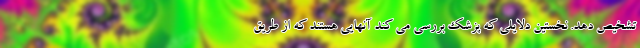
تشخیص دهد. نخستین دلایلی که پزشک بررسی می کند آنهایی هستند که از طریق